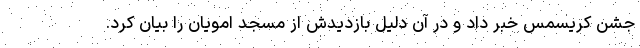
جشن کریسمس خبر داد و در آن دلیل بازدیدش از مسجد امویان را بیان کرد.